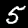
Digit: 5